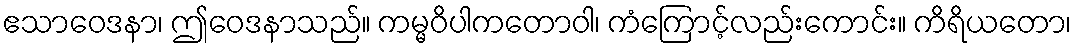
ဧသာဝေဒနာ၊ ဤဝေဒနာသည်။ ကမ္မဝိပါကတောဝါ၊ ကံကြောင့်လည်းကောင်း။ ကိရိယတော၊